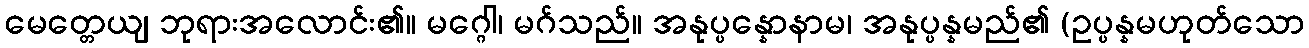
မေတ္တေယျ ဘုရားအလောင်း၏။ မဂ္ဂေါ၊ မဂ်သည်။ အနုပ္ပန္နောနာမ၊ အနုပ္ပန္နမည်၏ (ဥပ္ပန္နမဟုတ်သော